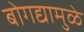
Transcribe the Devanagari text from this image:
बोगद्यामुळे